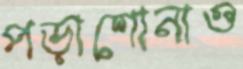
পড়াশোনাও